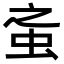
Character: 𧉌